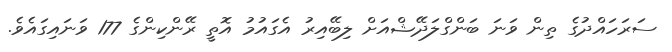
ސަރަހައްދުގެ ތިން ވަނަ ބަންގްލަދޭޝްއަށް ލިބޭއިރު އެގައުމު އޮތީ ރޭންކިންގެ 177 ވަނައިގައެވެ.